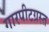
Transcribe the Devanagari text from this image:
गारपीटग्रस्त